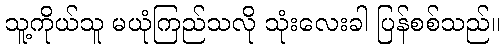
သူ့ကိုယ်သူ မယုံကြည်သလို သုံးလေးခါ ပြန်စစ်သည်။